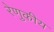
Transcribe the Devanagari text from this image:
रेणुकीय